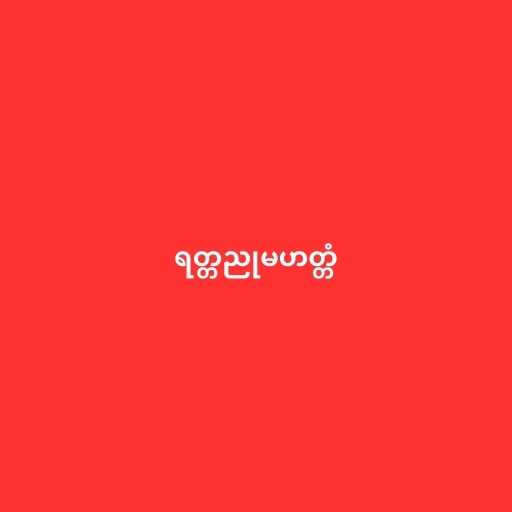
ရတ္တညုမဟတ္တံ